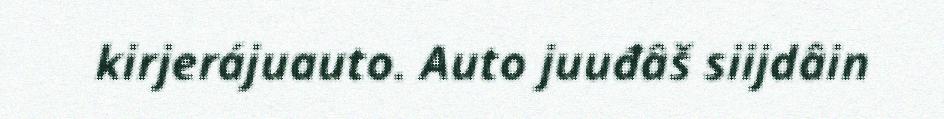
kirjerájuauto. Auto juuđâš siijdâin